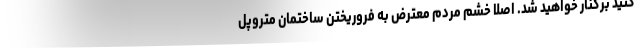
کنید برکنار خواهید شد. اصلا خشم مردم معترض به فروریختن ساختمان متروپل